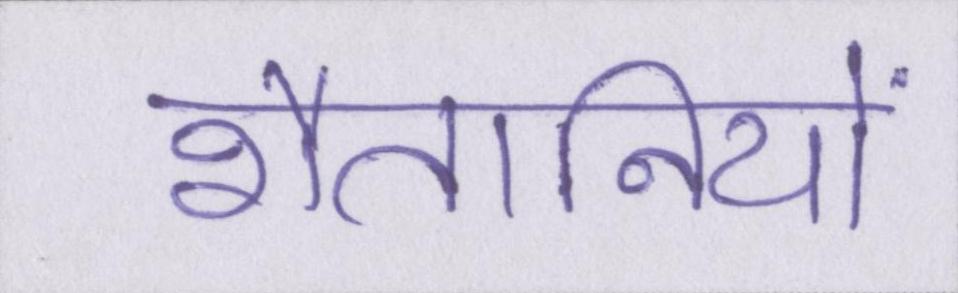
शैतानियों